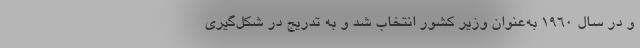
و در سال ۱۹۶۰ به‌عنوان وزیر کشور انتخاب شد و به تدریج در شکل‌گیری